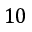
1 0